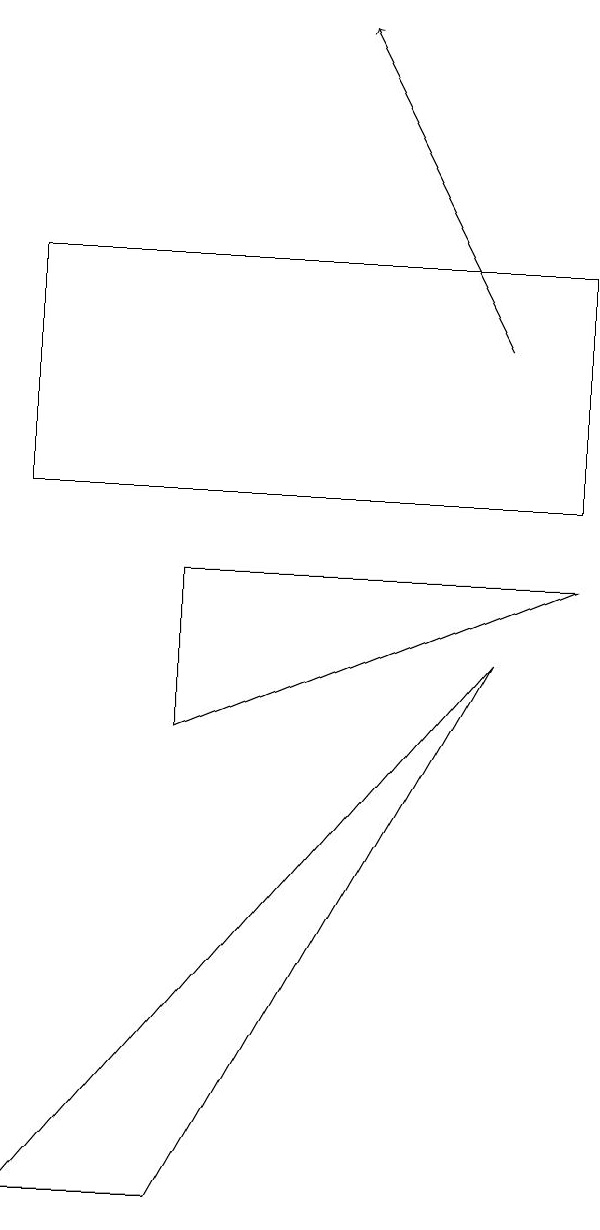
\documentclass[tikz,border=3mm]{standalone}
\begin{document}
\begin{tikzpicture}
\draw[->] (8,12) -- (6,16);
\draw (4,7) -- (4,9) -- (9,9) -- cycle;
\draw (9,10) rectangle (2,13);
\draw (2,1) -- (4,1) -- (8,8) -- cycle;
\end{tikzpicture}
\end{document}